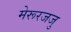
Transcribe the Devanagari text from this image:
मेरूरजजु